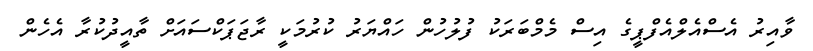
ވާއިރު އެސްއެލްއެފްޕީގެ އިސް މެމްބަރަކު ފުލުހުން ހައްޔަރު ކުރުމަކީ ރާޖަޕަކްސައަށް ތާއީދުކުރާ އެހެން